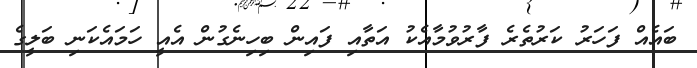
ބައެއް ފަހަރު ކަރުތެރެ ފާރުވުމާއެކު އަތާއި ފައިން ބިހިނެގުން އެއީ ހަމައެކަނި ބަލީގެ